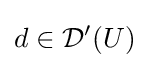
d\in {\mathcal {D}}^{\prime }(U)